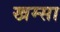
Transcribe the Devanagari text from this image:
खम्सा